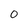
Character: O